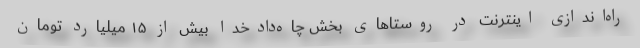
راه‌اندازی اینترنت در روستاهای بخش چاه‌دادخدا بیش از ۱۵ میلیارد تومان